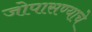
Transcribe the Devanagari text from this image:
जोपासण्याचे